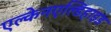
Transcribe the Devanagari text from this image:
एल्केनएल्डिहाइड